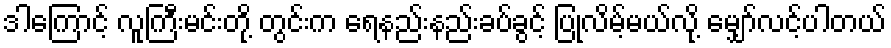
ဒါကြောင့် လူကြီးမင်းတို့ တွင်းက ရေနည်းနည်းခပ်ခွင့် ပြုလိမ့်မယ်လို့ မျှော်လင့်ပါတယ်